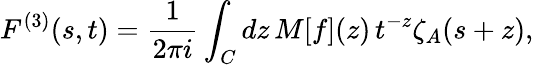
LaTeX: F^{(3)}(s,t)=\frac{1}{2\pi i}\int_{C}dz\, M[f](z)\, t^{-z}\zeta_{A}(s+z),